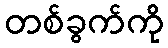
တစ်ခွက်ကို